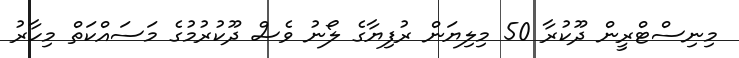
މިނިސްޓްރީން ދޫކުރާ 50 މިލިޔަން ރުފިޔާގެ ލޯނު ވެސް ދޫކުރުމުގެ މަސައްކަތް މިހާރު